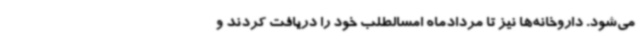
می‌شود. داروخانه‌ها نیز تا مردادماه امسالطلب خود را دریافت کردند و